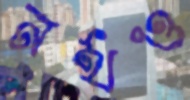
নর্থও